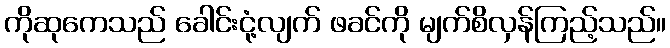
ကိုဆုကေသည် ခေါင်းငုံ့လျက် ဖခင်ကို မျက်စိလှန်ကြည့်သည်။